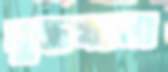
যুদ্ধখানা